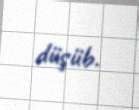
düşüb.